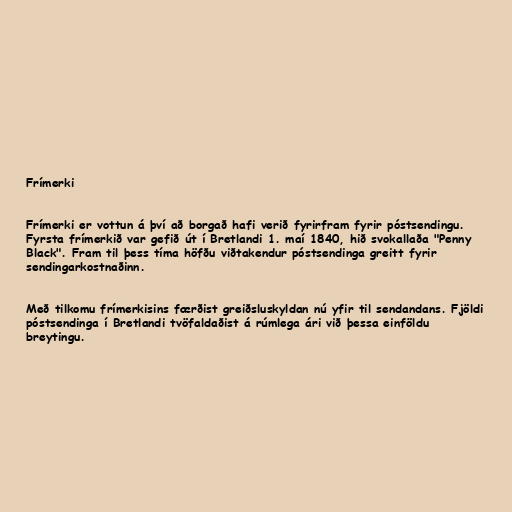
Frímerki

Frímerki er vottun á því að borgað hafi verið fyrirfram fyrir póstsendingu.
Fyrsta frímerkið var gefið út í Bretlandi 1. maí 1840, hið svokallaða "Penny
Black". Fram til þess tíma höfðu viðtakendur póstsendinga greitt fyrir
sendingarkostnaðinn.

Með tilkomu frímerkisins færðist greiðsluskyldan nú yfir til sendandans. Fjöldi
póstsendinga í Bretlandi tvöfaldaðist á rúmlega ári við þessa einföldu
breytingu.